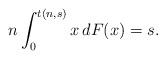
LaTeX: \begin{align*}n \int_0^{t(n,s)} x \, dF(x) = s.\end{align*}